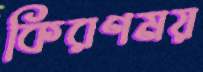
কিরণময়